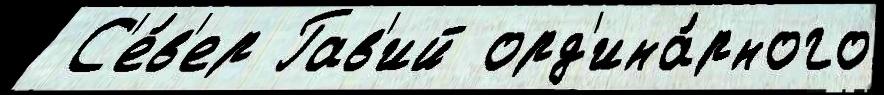
 С'е́в'ер Гав'ий орд'ина́рного